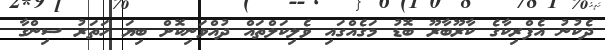
ދެކުނު އެފްރިކާާގެ ކާާރޫބާރޫ ބޮޑު މަގެއްގައި ވެލިކަލްތައް ދުއްވަނިކޮށް ބިޔަ ހަތަރު ސިންގާ